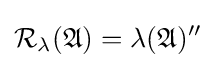
{\cal {R}}_{\lambda }({\mathfrak {A}})=\lambda ({\mathfrak {A}})^{\prime \prime }